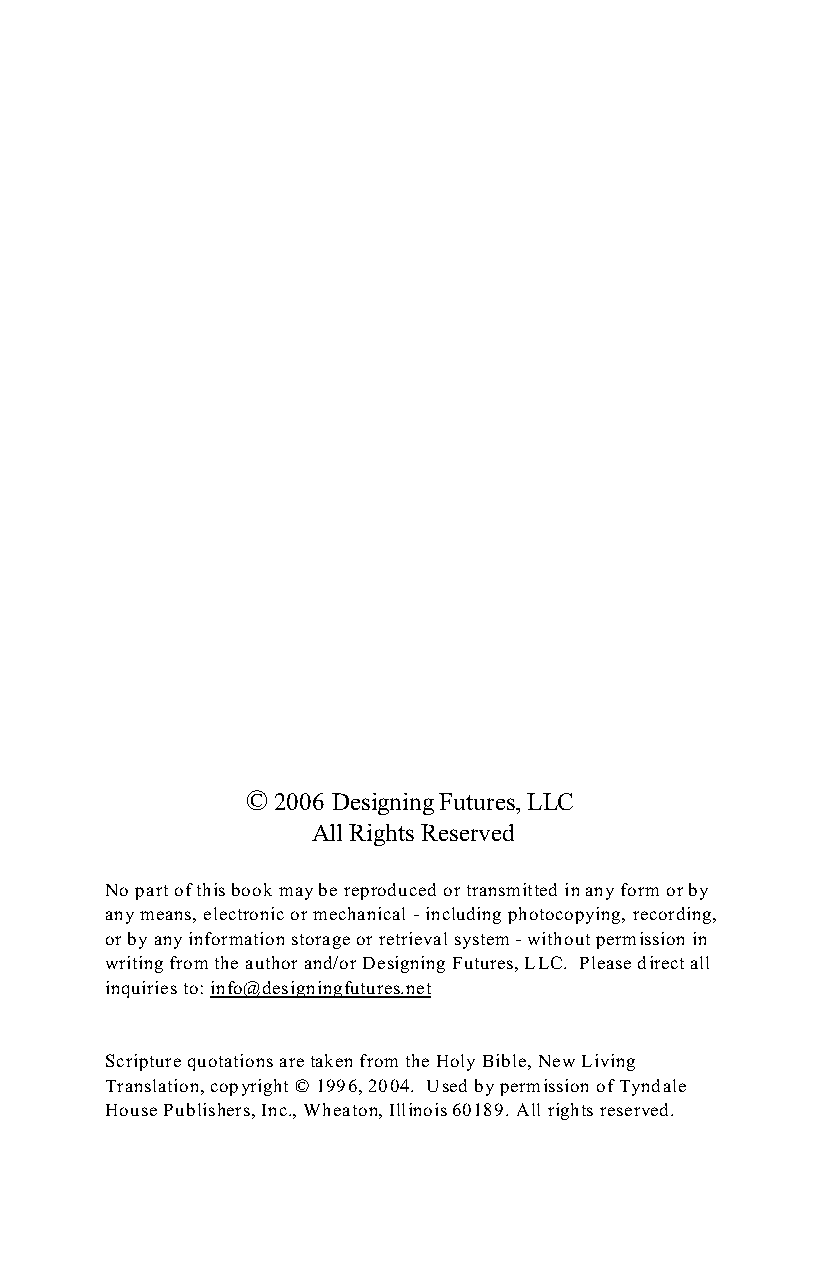
© 2006 Designing Futures, LLC
 All Rights Reserved
 No part of this book may be reproduced or transmitted in any form or by
 any means, electronic or mechanical - including photocopying, recording,
 or by any information storage or retrieval system - without permission in
 writing from the author and/or Designing Futures, LLC. Please direct all
 inquiries to: info@designingfutures.net
 Scripture quotations are taken from the Holy Bible, New Living
 Translation, copyright © 1996, 2004. Used by permission of Tyndale
 House Publishers, Inc., Wheaton, Illinois 60189. All rights reserved.